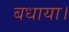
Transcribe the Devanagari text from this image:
बधाया।